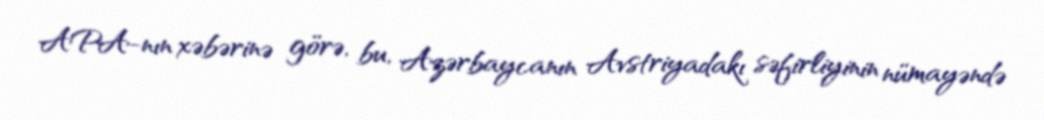
APA-nın xəbərinə görə, bu, Azərbaycanın Avstriyadakı səfirliyinin nümayəndə